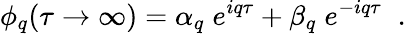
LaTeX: \phi_{q}(\tau\rightarrow\infty)=\alpha_{q}\; e^{iq\tau}+\beta_{q}\; e^{-iq\tau}\; \; .